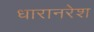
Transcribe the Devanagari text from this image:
धारानरेश